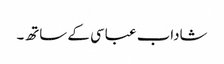
شاداب عباسی کے ساتھ۔